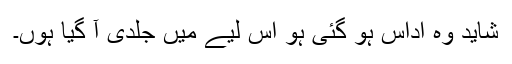
شاید وہ اُداس ہو گئی ہو اس لیے مَیں جلدی آ گیا ہوں۔